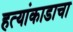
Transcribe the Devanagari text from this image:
हत्यांकाडाचा